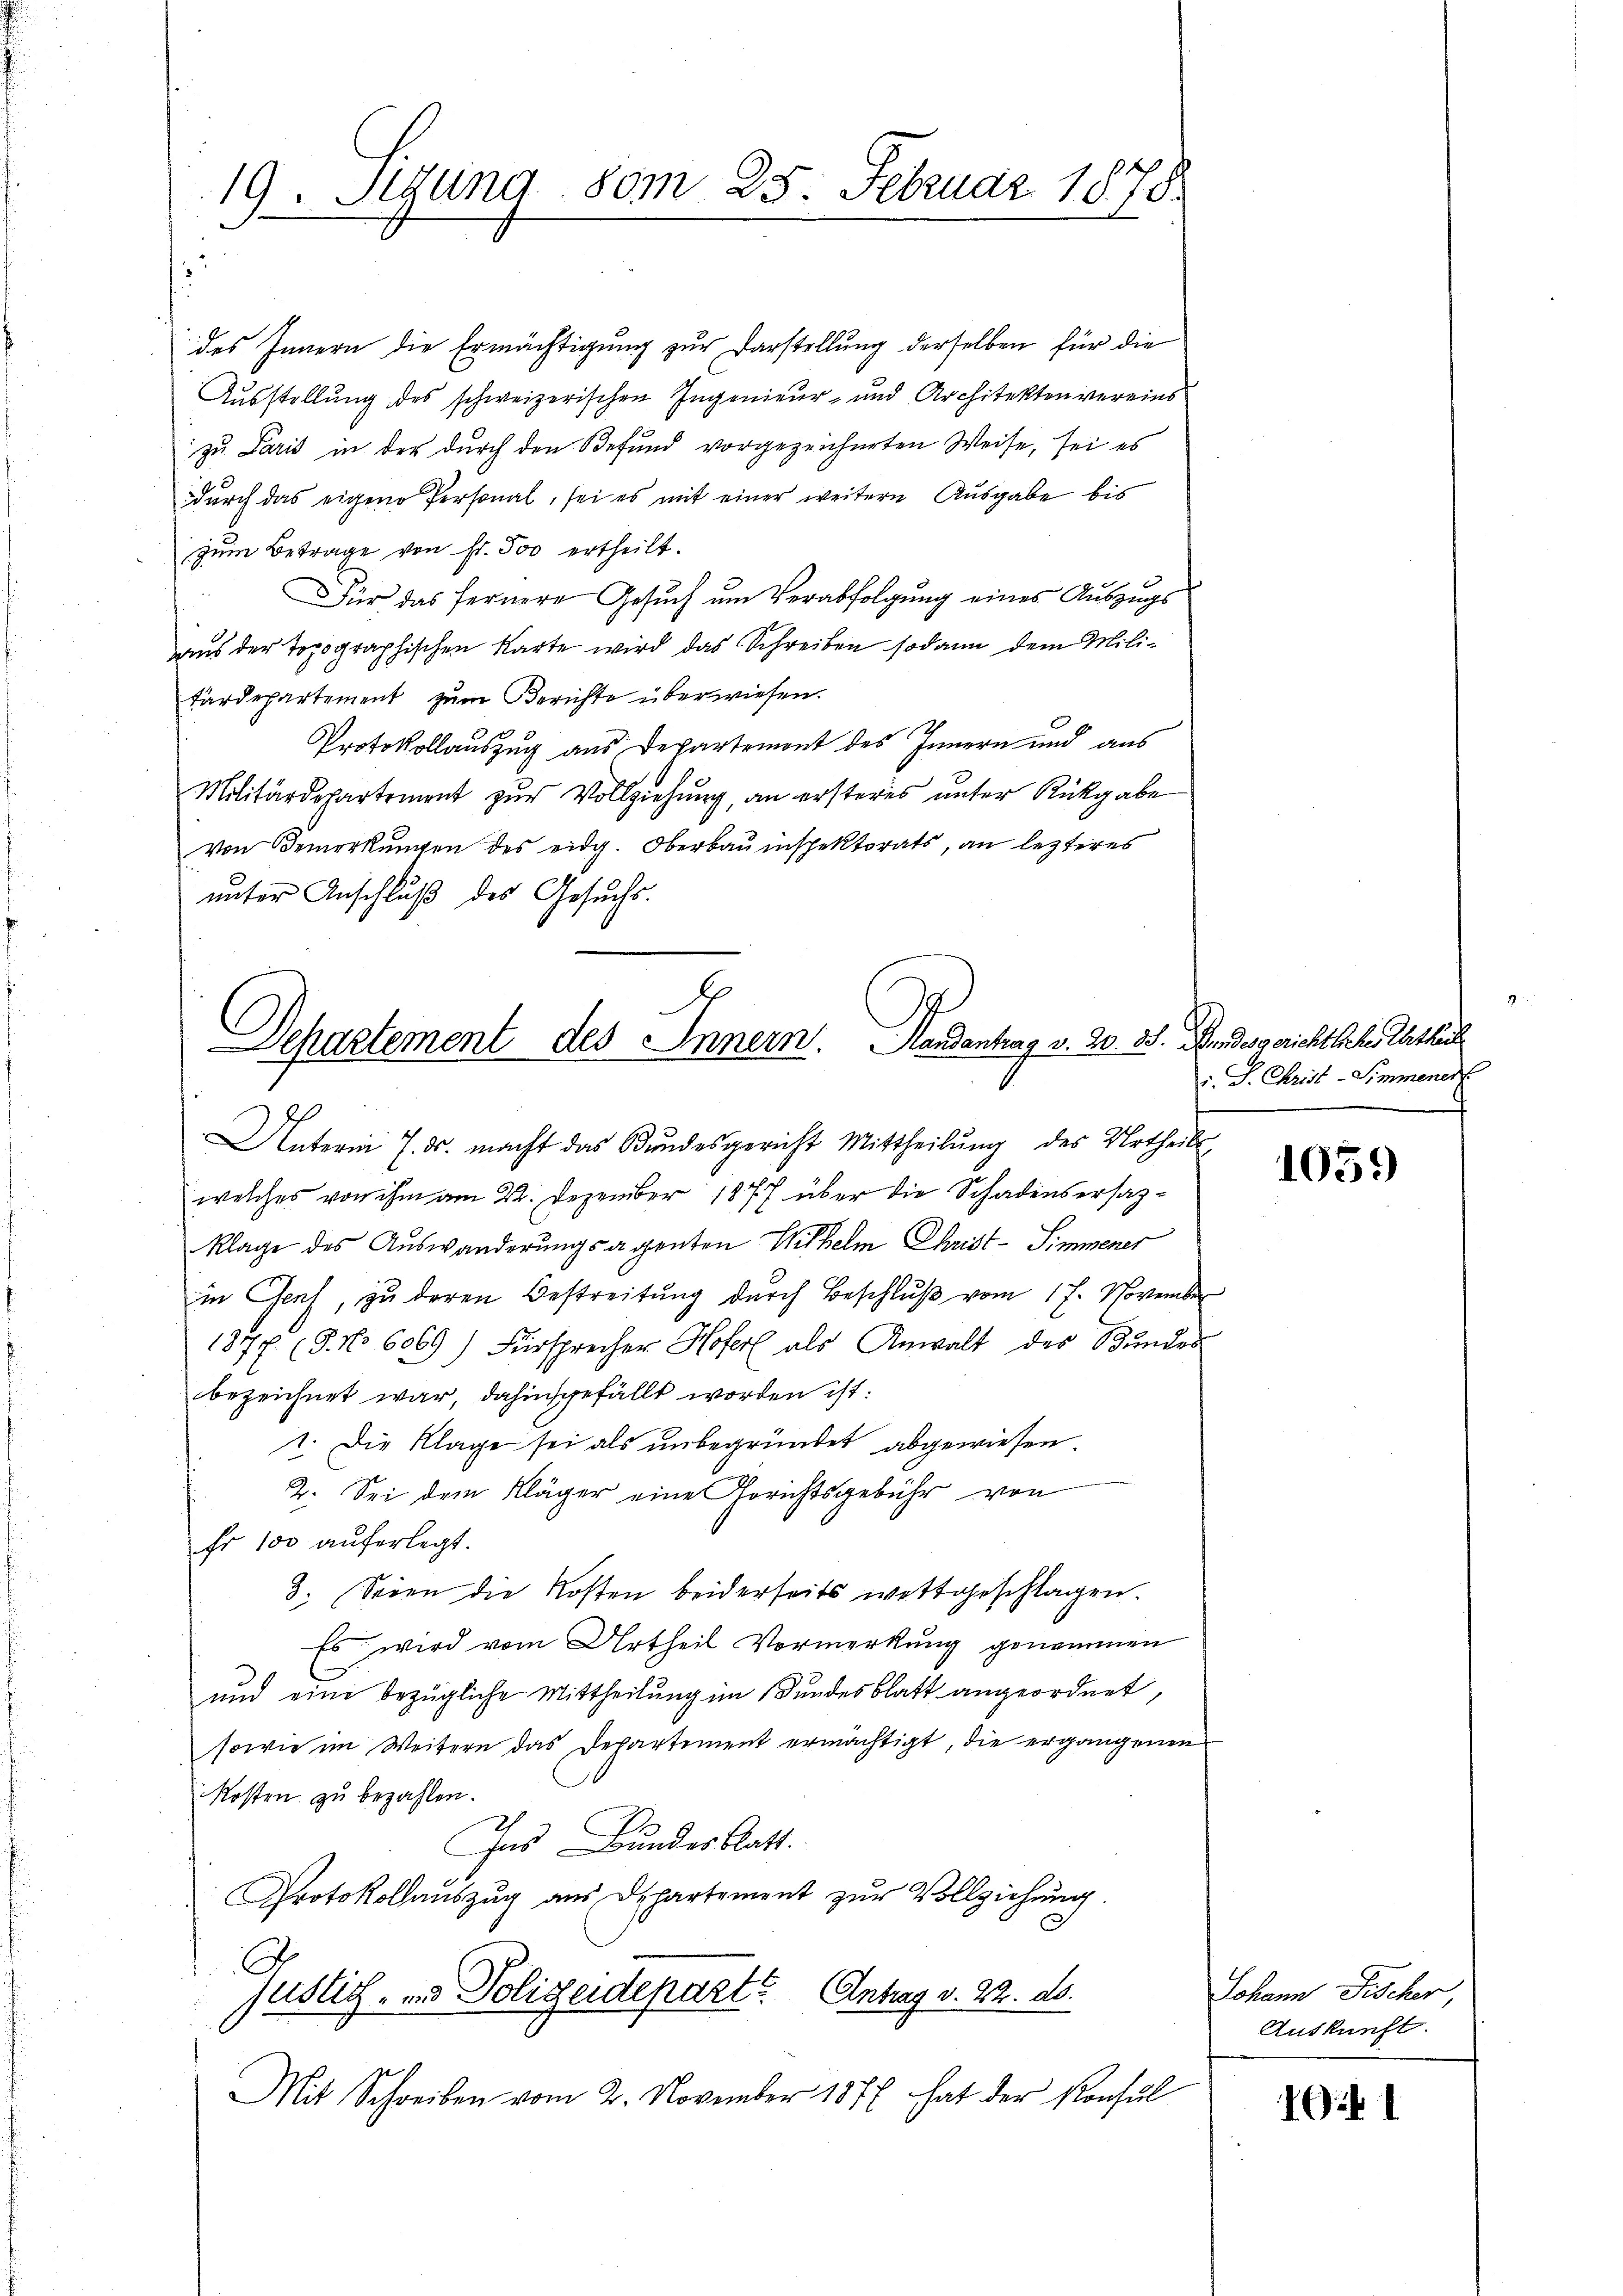
19. Segung 80m 25. Februar 1878.

des Innern die Ermächtigung zur Darstellung derselben für die
Aŭsstellŭng des schweizerischen Ingenieŭr- und Architekten vereins
zu Paris in der durch den Befund vorgezeichneten Weise, sei es
durch das eigene Personal, sei es mit einer weitere Ausgabe bis
zum Betrage von fr. 500 ertheilt.
Für das fernere Gesuch um Verabfolgung eines Auszugs
aus der Topographischen Karte wird das Schreiben sodann dem Militärdepartement zum Berichte überwiesen.
Protokollauszug aus Departemont des Innern und aus
Militärdepartement zur Vollziehung, an ersteres unter Rückgabe
von Bemerkungen des eidg. Oberbauinspektorats, an lezteres
unter Anschluß des Gesuchs.

Dchartement des Innern. Handantrag v. 20. 35. Bundesgericht sche Ertheil

Unterm 7. ds. macht das Bundesgericht Mittheilŭng des Urtheils-
welches von ihm am 22. Dezember 1877 über die Schadensersatzklage des Auswanderŭngsagenten Wilhelm Christ-Simmener
in Cent, zu deren Bestreitung durch Beschluß vom 17. November
1877 (8. No 6069) Fürsprecher Hofer als Anwalt des Bundes
bezeichnet war, dahinsgefällt worden ist:
1. Die Klage sei als unbegründet abgewiesen.
2. Sei dem Kläger eine Gerichtsgebühr von
Er 100 auferlegt.
3. Seien die Kosten beiderseits wettgeschlagen.
Es wird vom Urtheil Vormerkung genommen
und eine bezügliche Mittheilung im Bundesblatt angeordnet,
sowie im Weitern das Departement ermächtigt, die ergangenen
Kosten zu bezahlen.
Ins Bundes Rath.
Protokollauszug aus Departement zur Vollziehung.
Justiz- u. Polizeideparte Antrag v. 22. ds.
Mit Schreiben vom 2. November 1877 hat der Konsul

i. J. Christ-Simmenen

1059

Johann Fischer,
Auskunft.

i